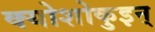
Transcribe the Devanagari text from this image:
क्योशोकुइन्